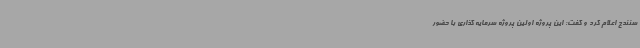
سنندج اعلام کرد و گفت: این پروژه اولین پروژه سرمایه‌ گذاری با حضور